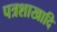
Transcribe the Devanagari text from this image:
पत्रशाखादि